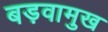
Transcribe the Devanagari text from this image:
बड़वामुख